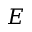
E